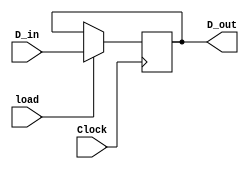
// define registers modules

// simple register
// load is enable, D_in is data, D_out is output
module regn(Clock, load, D_in, D_out);
  parameter n = 16;
  input 			[n-1:0] 		D_in; // data in
  input 							load; // enable bit
  input 							Clock; // clock 
  output reg 	[n-1:0] 		D_out; // data out

  always @(posedge Clock)
    if (load)
      D_out <= D_in;
endmodule


// registers module with increment
// load is enable, D_in is data, D_out is output
module regn_incr(Clock, load, incr, D_in, D_out);
  parameter n = 16;
  input 			[n-1:0] 		D_in; // data in
  input 							load; // enable bit
  input 							Clock; // clock 
  input 							incr; // increment bit
  output reg 	[n-1:0] 		D_out; // data out

  always @(posedge Clock)
	begin
    if (load)
      D_out <= D_in;
	 if (incr)
		D_out <= D_out + 16'd1 ; 
	end
endmodule